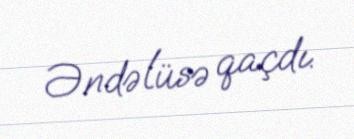
Əndəlüsə qaçdı.